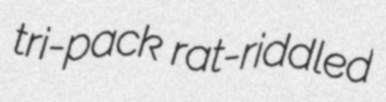
tri-pack rat-riddled